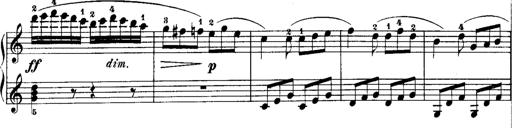
Title: Rondos and Sonatinas for Pianoforte
Composer: Daniel Steibelt